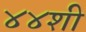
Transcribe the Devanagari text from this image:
४४शी